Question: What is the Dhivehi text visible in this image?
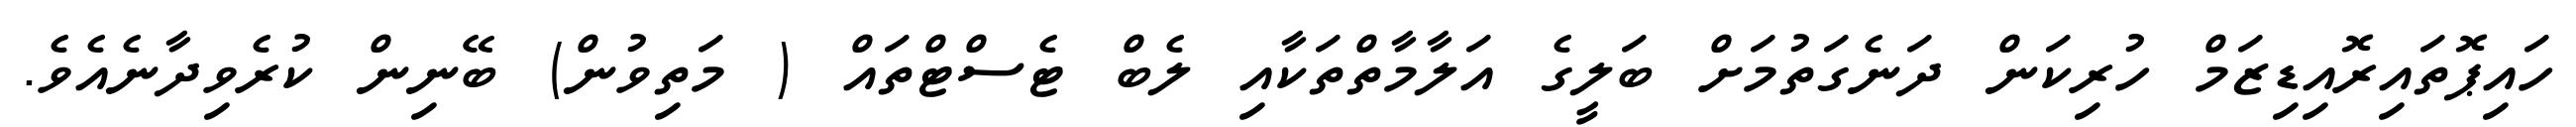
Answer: ހައިޕޮތައިރޮއިޑިޒަމް ހުރިކަން ދަނެގަތުމަށް ބަލީގެ އަލާމާތްތަކާއި ލެބް ޓެސްޓްތައް ( މަތިވުން) ބޭނިން ކުރެވިދާނެއެވެ.